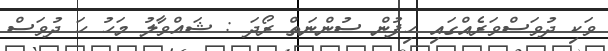
ވަކި ދުވަސްވަރެއްގައި ހިފުން ސުންނަތް ރޯދަ : ޝައްވާލު މަހު ހަ ދުވަސް